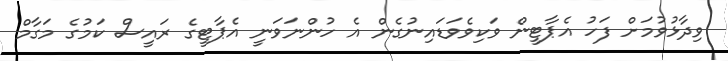
ވިދާޅުވުމަށް ފަހު އެޕާޓީން ވަކިވެވަޑައިނުގެން އެ ހުންނަވަނީ އެޕާޓީގެ ރައީސް ކަމުގެ މަގާމް